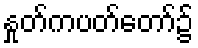
နှုတ်ကပတ်တော်၌